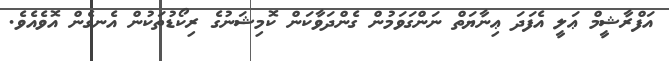
އަފްރާޝީމް ޢަލީ އެފަދަ ޢިނާޔަތް ނަންގަވަމުން ގެންދަވާކަން ކޮމިޝަނުގެ ރިކޯޑުތަކުން އެނގެން އޮވެއެވެ.